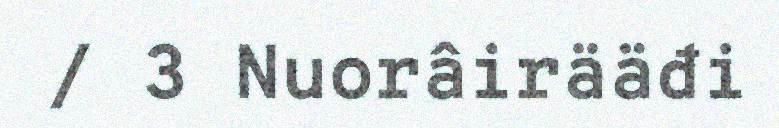
/ 3 Nuorâirääđi